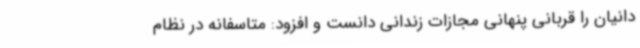
دانیان را قربانی پنهانی مجازات زندانی دانست و افزود: متاسفانه در نظام